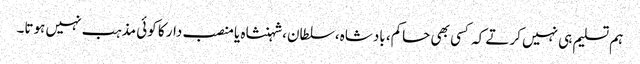
ہم تسلیم ہی نہیں کرتے کہ کسی بھی حاکم، بادشاہ،سلطان،شہنشاہ یا منصب دار کا کوئی مذہب نہیں ہوتا۔